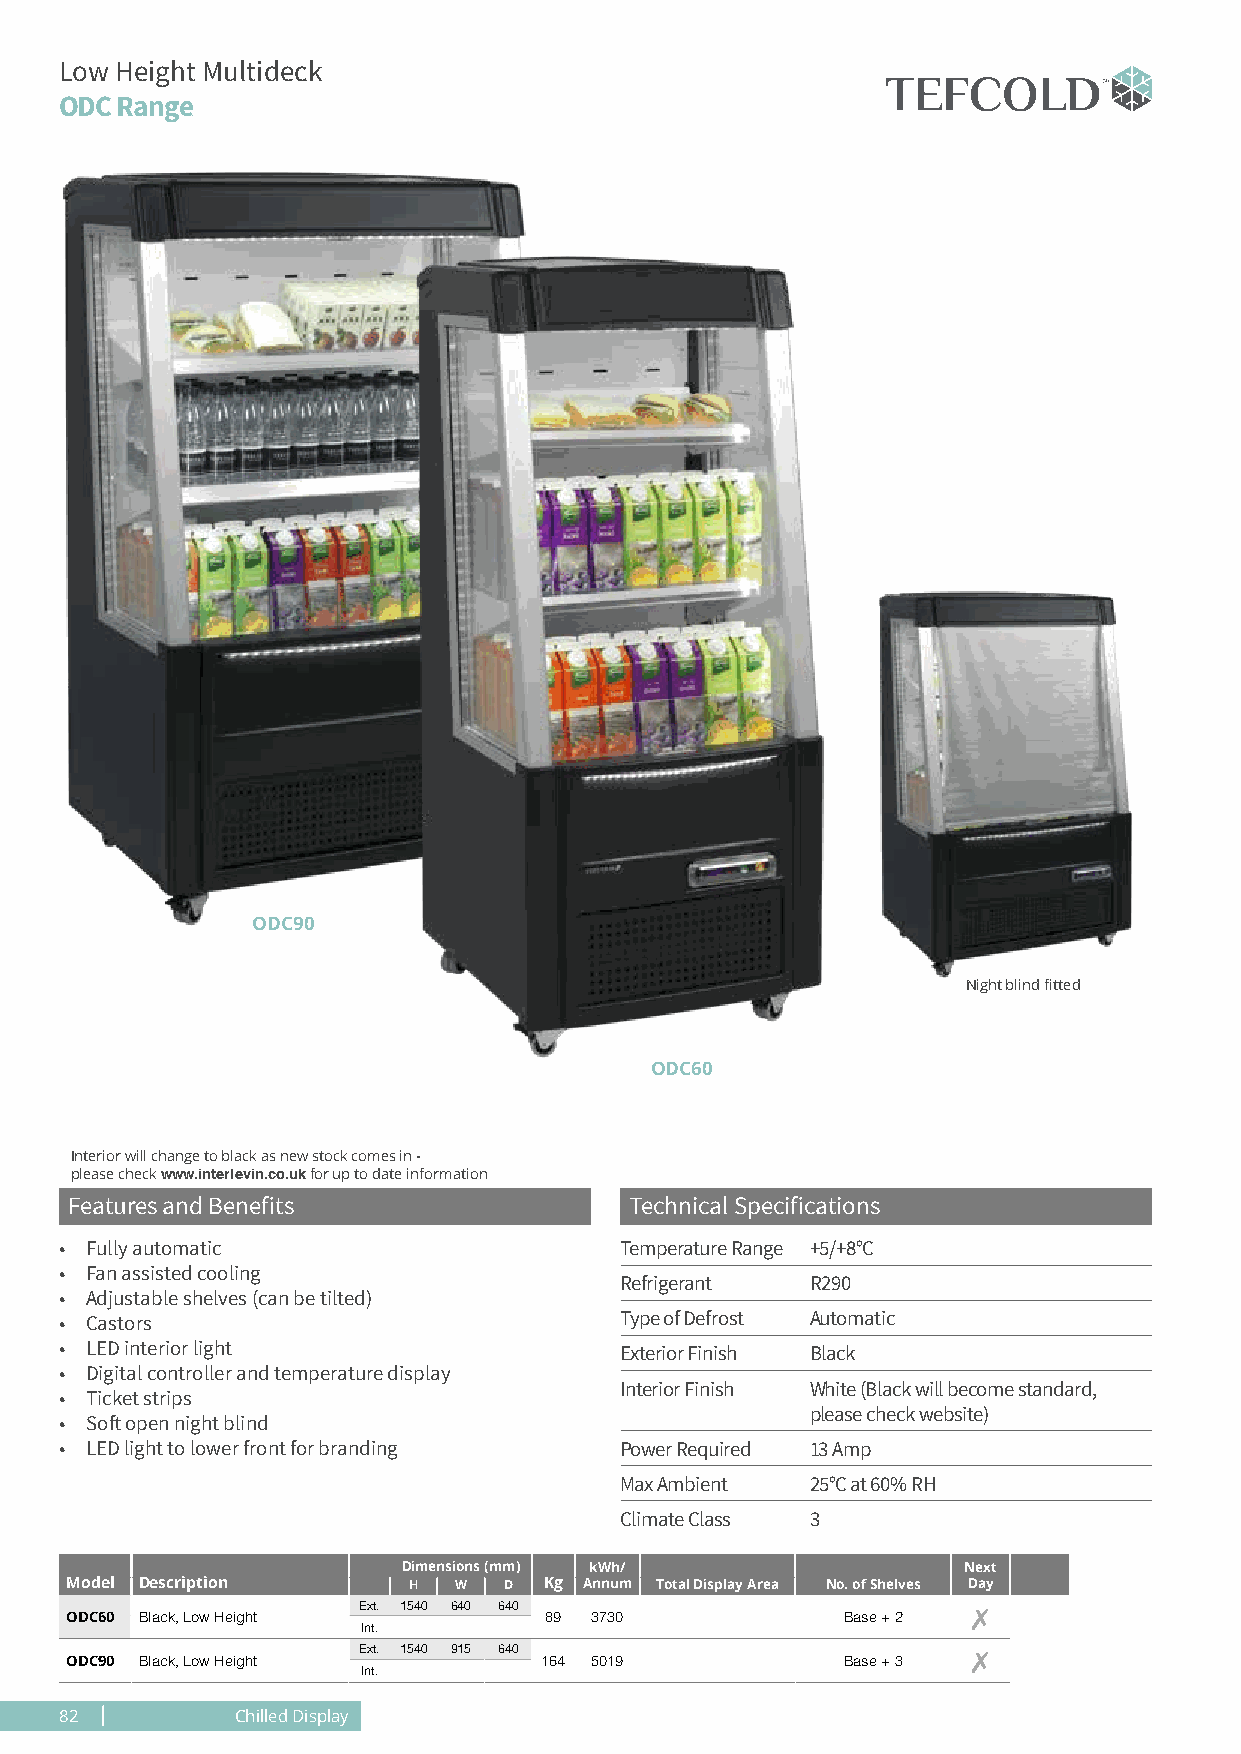
Low Height Multideck
 ODC Range
 ODC90
 Night blind fitted
 ODC60
 Interior will change to black as new stock comes in -
 please check www.interlevin.co.uk for up to date information
 Features and Benefits                 Technical Specifications
 • Fully automatic                    Temperature Range +5/+8°C
 • Fan assisted cooling
 Refrigerant  R290
 • Adjustable shelves (can be tilted)
 • Castors                            Type of Defrost A utomatic
 • LED interior light                 Exterior Finish Black
 • Digital controller and temperature display
 Interior Finish W hite (Black will become standard,
 • Ticket strips
 please check website)
 • Soft open night blind
 • LED light to lower front for branding Power Required 1 3 Amp
 Max Ambient  2 5°C at 60% RH
 Climate Class 3
 Dimensions (mm) kWh/                 Next
 Model Description      H  W  D  Kg Annum Total Display Area No. of Shelves Day
 Ext. 1540 640 640                       7
 ODC60 Black, Low Height         89 3730             Base + 2
 Int.
 Ext. 1540 915 640                       7
 ODC90 Black, Low Height         164 5019            Base + 3
 Int.
 82          Chilled Display